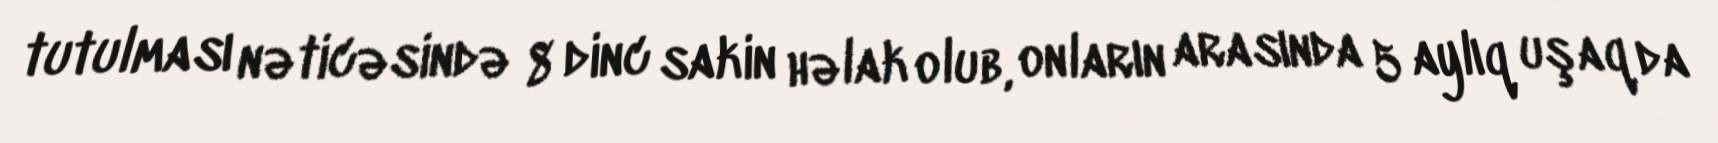
tutulması nəticəsində 8 dinc sakin həlak olub, onların arasında 5 aylıq uşaq da